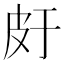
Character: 𤿍